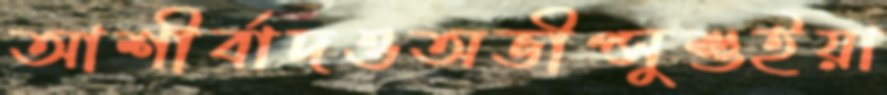
আশীর্বাদওঅভীপ্সুশুইয়া